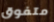
متفوق